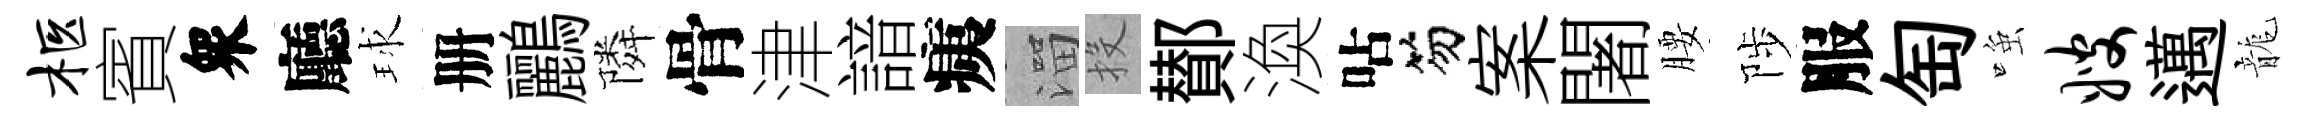
柩賓衆廳球册鸝隣骨津諳痍溜投鄼渙呫笏案闍腰陟服匋𫪻嫂邁龍